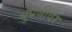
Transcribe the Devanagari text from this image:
धुपणीवर